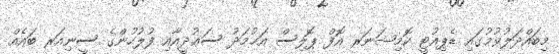
މިބައްދަލުވުމުގައި ޑެޕިއުޓީ ކޮމިޝަނަރ އޮފް ޕޮލިސް އަޙުމަދު ސަޢުދީއާއި ފުލުހުންގެ ސީނިއަރ ބައެއް